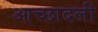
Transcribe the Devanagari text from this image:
आच्छादली